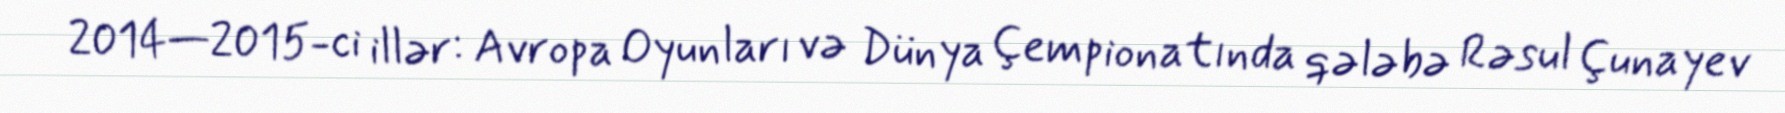
2014—2015-ci illər: Avropa Oyunları və Dünya Çempionatında qələbə Rəsul Çunayev